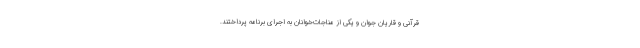
قرآنی و قاریان جوان و یکی از مناجات‌خوانان به اجرای برنامه پرداختند.